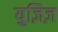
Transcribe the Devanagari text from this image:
युज़िज़